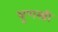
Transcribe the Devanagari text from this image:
भ्रूणस्त्री